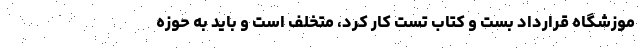
موزشگاه قرارداد بست و کتاب تست کار کرد، متخلف است و باید به حوزه